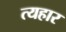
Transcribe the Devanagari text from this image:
त्यहार